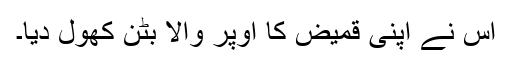
اس نے اپنی قمیض کا اوپر والا بٹن کھول دیا۔